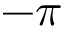
- \pi